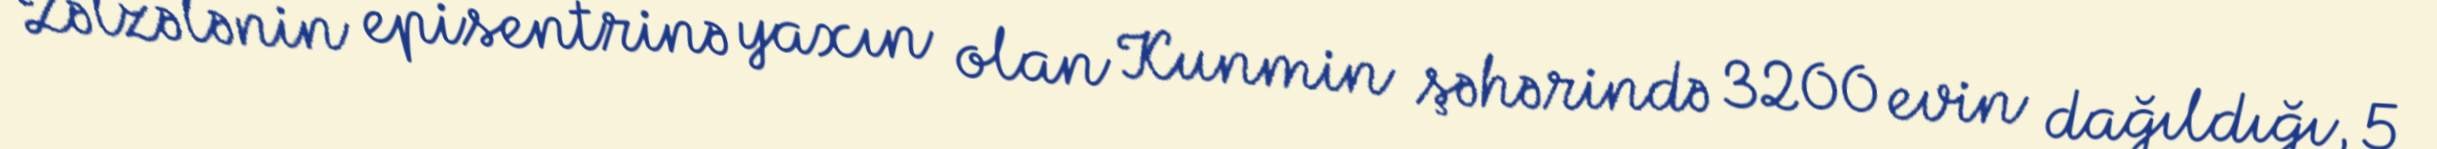
Zəlzələnin episentrinə yaxın olan Kunmin şəhərində 3200 evin dağıldığı, 5